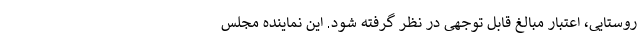
روستایی، اعتبار مبالغ قابل توجهی در نظر گرفته شود. این نماینده مجلس